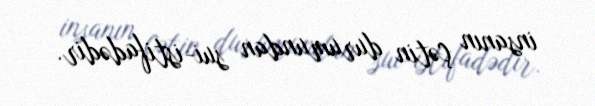
insanın çətin durumundan sui-istifadədir.